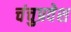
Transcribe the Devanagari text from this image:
चंचुप्रवेश